Calcutta medical institutions reports 1879-81 [i.e.91]
Year: 1879
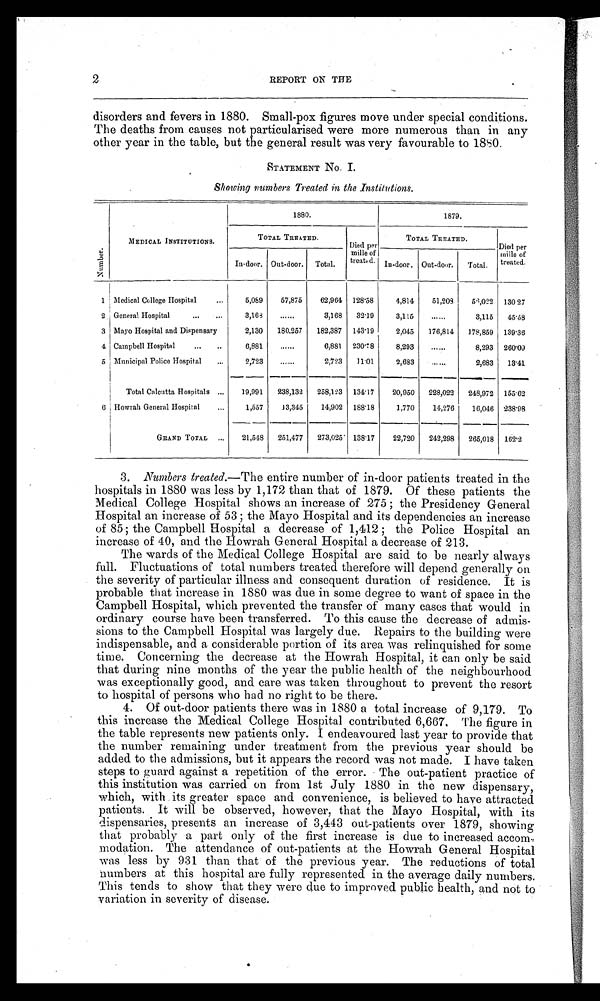
2 REPORT ON THE
disorders and fevers in 1880. Small-pox figures move under special conditions.
The deaths from causes not particularised were more numerous than in any
other year in the table, but the general result was very favourable to 1880.
STATEMENT No. I.
Showing numbers Treated in the Institutions.
Numbe r .
MEDICAL INSTITUTIONS.
1880.
1879.
TOTAL TREATED.
Died per
mille of
treated.
TOTAL TREATED.
Died per
mille of
treated.
In-door. Out-door. Total.
In-door. Out-door. Total.
1 Medical College Hospital
5,089
57,875
62,964 128.58
4,814
51,208
5 6 , 0 2 2 130 27
2 General Hospital
3,168
... ...
3,168 32.19
3,115
... ...
3,115 45.58
3 Mayo Hospital and Dispensary
2,130 180,257 182,387 143.19
2,045 176,814 178,859 139.36
4 Campbell Hospital
6,881
... ...
6,881 230.78
8,293
... ...
8,293
2 6 0 . 0 9
5 Municipal Police Hospital
2,723
... ...
2,723 11.01
2,683
... ...
2,683 13.41
Total Calcutta Hospitals
19,991 238,132 258,123
1 3 4 . 1 7
20,950 228,022 248,972 155.62
6 Howrah General Hospital
1,557
13,345
14,902 188.18
1,770
1 4 , 2 7 6 16,046 238.98
GRAND TOTAL
21,548 251,477 273,025 138.17
22,720 242,298 265,018
1 6 2 . 2
3. Numbers treated.—The entire number of in-door patients treated in the
hospitals in 1880 was less by 1,172 than that of 1879. Of these patients the
Medical College Hospital shows an increase of 275; the Presidency General
Hospital an increase of 53; the Mayo Hospital and its dependencies an increase
of 85; the Campbell Hospital a decrease of 1,412; the Police Hospital an
increase of 40, and the Howrah General Hospital a decrease of 213.
The wards of the Medical College Hospital are said to be nearly always
full. Fluctuations of total numbers treated therefore will depend generally on
the severity of particular illness and consequent duration of residence. It is
probable that increase in 1880 was due in some degree to want of space in the
Campbell Hospital, which prevented the transfer of many cases that would in
ordinary course have been transferred. To this cause the decrease of admis-
sions to the Campbell Hospital was largely due. Repairs to the building were
indispensable, and a considerable portion of its area was relinquished for some
time. Concerning the decrease at the Howrah Hospital, it can only be said
that during nine months of the year the public health of the neighbourhood
was exceptionally good, and care was taken throughout to prevent the resort
to hospital of persons who had no right to be there.
4. Of out-door patients there was in 1880 a total increase of 9,179. To
this increase the Medical College Hospital contributed 6,667. The figure in
the table represents new patients only. I endeavoured last year to provide that
the number remaining under treatment from the previous year should be
added to the admissions, but it appears the record was not made. I have taken
steps to guard against a repetition of the error. The out-patient practice of
this institution was carried on from 1st July 1880 in the new dispensary,
which, with its greater space and convenience, is believed to have attracted
patients. It will be observed, however, that the Mayo Hospital, with its
dispensaries, presents an increase of 3,443 out-patients over 1879, showing
that probably a part only of the first increase is due to increased accom-
modation. The attendance of out-patients at the Howrah General Hospital
was less by 931 than that of the previous year. The reductions of total
numbers at this hospital are fully represented in the average daily numbers.
This tends to show that they were due to improved public health, and not to
variation in severity of disease.